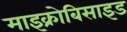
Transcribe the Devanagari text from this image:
माइक्रोबिसाइड